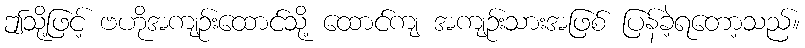
ဤသို့ဖြင့် ဗဟိုအကျဉ်းထောင်သို့ ထောင်ကျ အကျဉ်းသားအဖြစ် ပြန်ခဲ့ရတော့သည်။